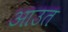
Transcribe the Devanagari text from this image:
आउत